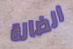
الضالة